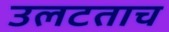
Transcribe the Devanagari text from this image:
उलटताच